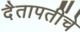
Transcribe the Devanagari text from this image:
दैतापतींचे